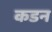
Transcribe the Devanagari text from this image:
कडन